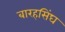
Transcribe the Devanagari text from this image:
बारहसिंघ